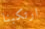
ارتكبنا